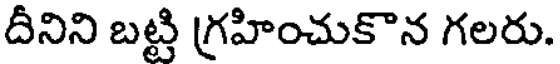
దీనిని బట్టి గ్రహించుకొన గలరు.